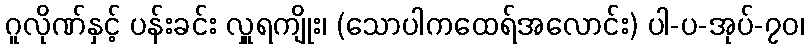
ဂူလိုဏ်နှင့် ပန်းခင်း လှူရကျိုး၊ (သောပါကထေရ်အလောင်း) ပါ-ပ-အုပ်-၇၀၊